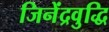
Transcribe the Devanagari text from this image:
जिनेंद्रवुद्धि